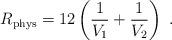
LaTeX: \begin{align*}R_{\rm phys}=12\left(\frac{1}{V_1}+\frac{1}{V_2}\right)\; . \end{align*}